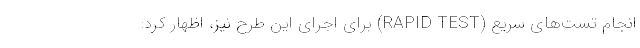
انجام تست‌های سریع (RAPID TEST) برای اجرای این طرح نیز، اظهار کرد: